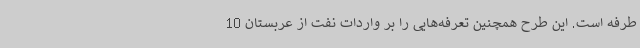
طرفه است. این طرح همچنین تعرفه‌هایی را بر واردات نفت از عربستان 10